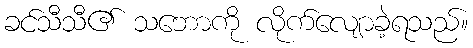
ခင်သီသီ၏ သဘောကို လိုက်လျောခဲ့ရသည်။